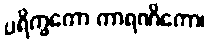
ပရိက္ခကော ကာရဏိကော၊